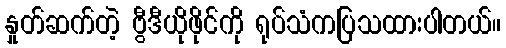
နှုတ်ဆက်တဲ့ ဗွီဒီယိုဖိုင်ကို ရုပ်သံကပြသထားပါတယ်။